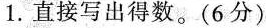
1. 直接写出得数。(6分)